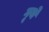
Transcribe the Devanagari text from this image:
गूथे